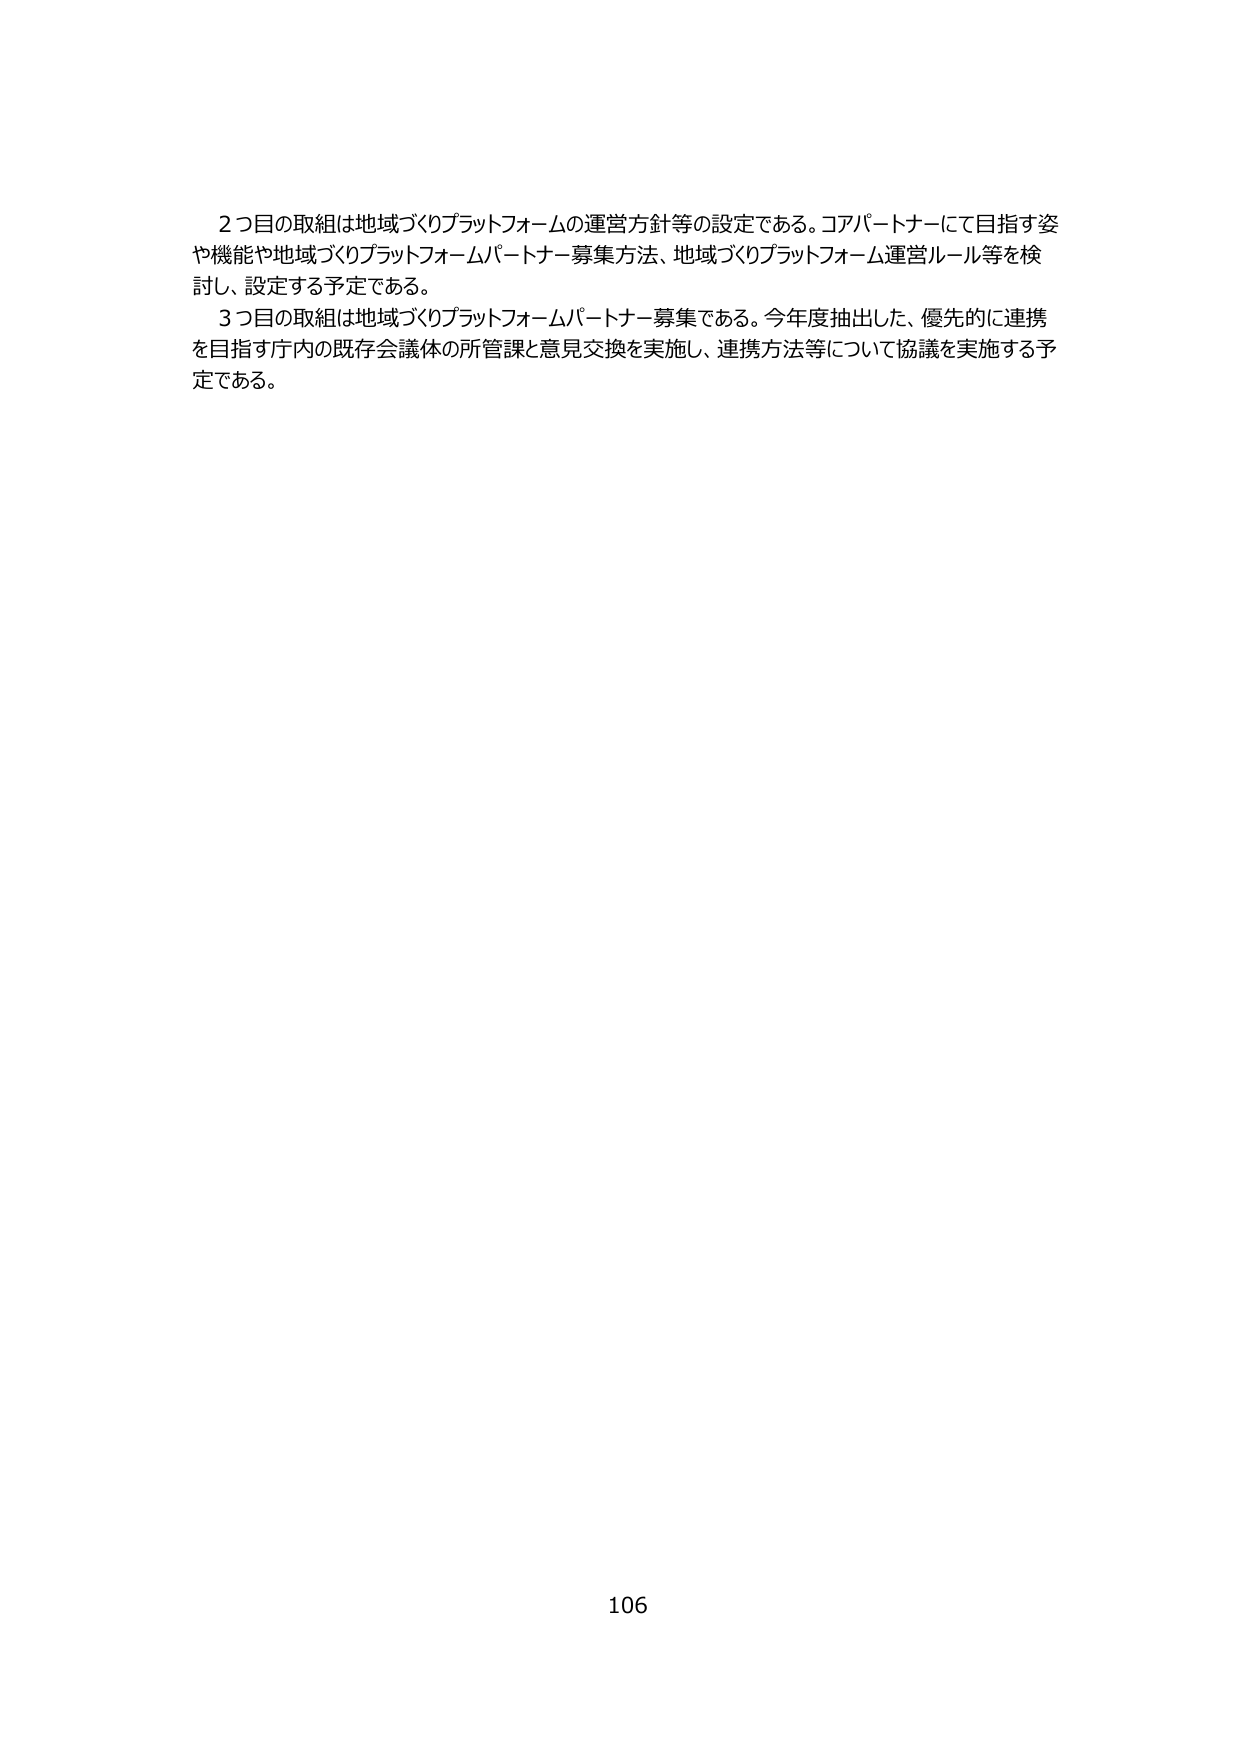
2つ目の取組は地域づくりプラットフォームの運営方針等の設定である。コアパートナーにて目指す姿や機能や地域づくりプラットフォームパートナー募集方法、地域づくりプラットフォーム運営ルール等を検討し、設定する予定である。

3つ目の取組は地域づくりプラットフォームパートナー募集である。今年度抽出した、優先的に連携を目指す庁内の既存会議体の所管課と意見交換を実施し、連携方法等について協議を実施する予定である。

106